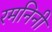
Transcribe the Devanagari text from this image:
रमनिनी